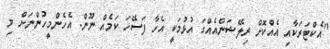
"އެކްޓަރަކާއި އެއްކޮށް ރިލޭޝަންއެއްގަ އުޅުމަކީ އެހާ ފަސޭހަ ކަމެއް ނޫން. އެހެންމީހުންނަށް މި